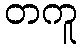
တကူ